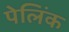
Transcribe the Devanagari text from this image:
पेलिंक